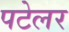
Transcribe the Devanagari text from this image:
पटेलर